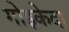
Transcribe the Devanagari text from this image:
गोइकेदा